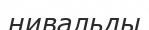
нивальды